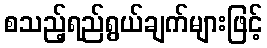
စသည့်ရည်ရွယ်ချက်များဖြင့်